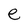
Character: e